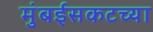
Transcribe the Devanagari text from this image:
मुंबईसकटच्या